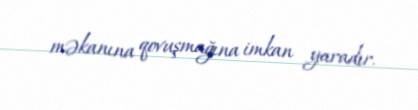
məkanına qovuşmağına imkan yaradır.